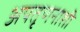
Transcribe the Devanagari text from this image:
अपतृणनाशी